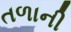
તળાની